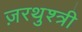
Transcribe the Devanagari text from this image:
ज़रथुश्त्री